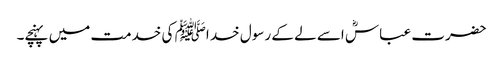
حضرت عباسؓ اسے لے کے رسول خد اﷺ کی خدمت میں پہنچے۔